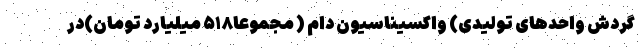
گردش واحدهای تولیدی) واکسیناسیون دام ( مجموعا۵۱۸ میلیارد تومان)در